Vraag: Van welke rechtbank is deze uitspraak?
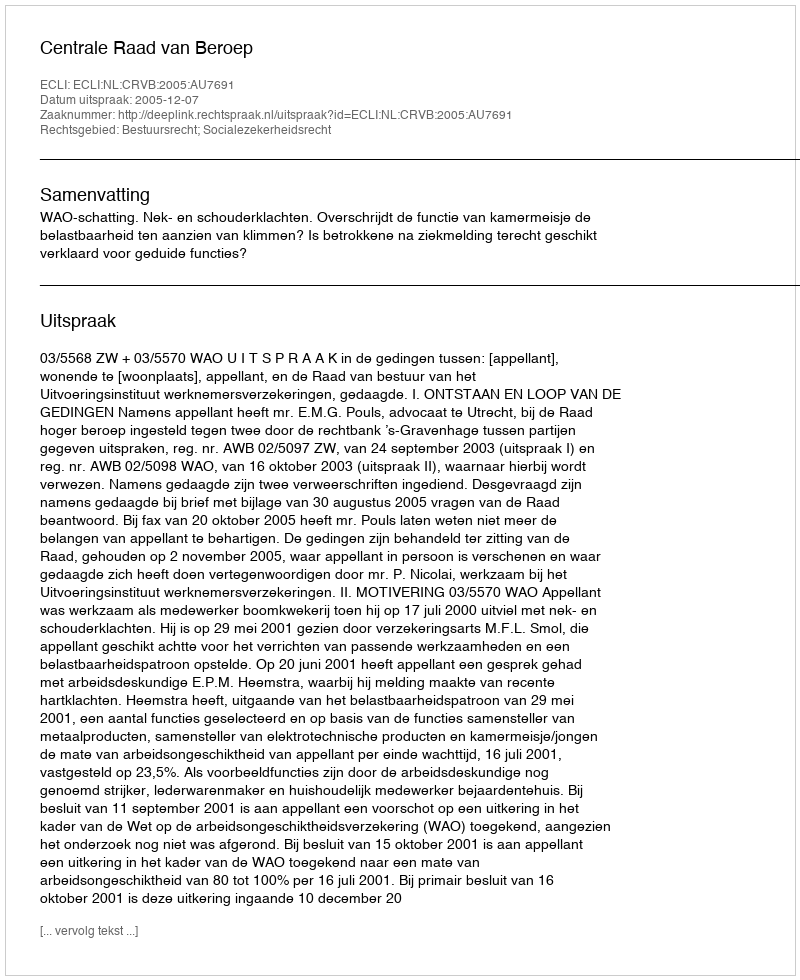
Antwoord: Centrale Raad van Beroep